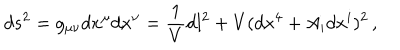
d s ^ { 2 } = g _ { \mu \nu } d x ^ { \mu } d x ^ { \nu } = \frac { 1 } { V } d l ^ { 2 } + V ( d x ^ { 4 } + A _ { i } d x ^ { i } ) ^ { 2 } \, ,